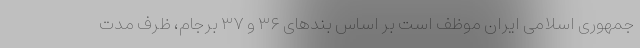
جمهوری اسلامی ایران موظف است بر اساس بندهای ۳۶ و ۳۷ برجام، ظرف مدت